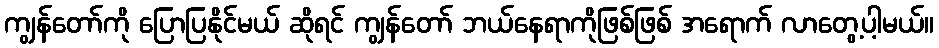
ကျွန်တော်ကို ပြောပြနိုင်မယ် ဆိုရင် ကျွန်တော် ဘယ်နေရာကိုဖြစ်ဖြစ် အရောက် လာတွေ့ပါ့မယ်။